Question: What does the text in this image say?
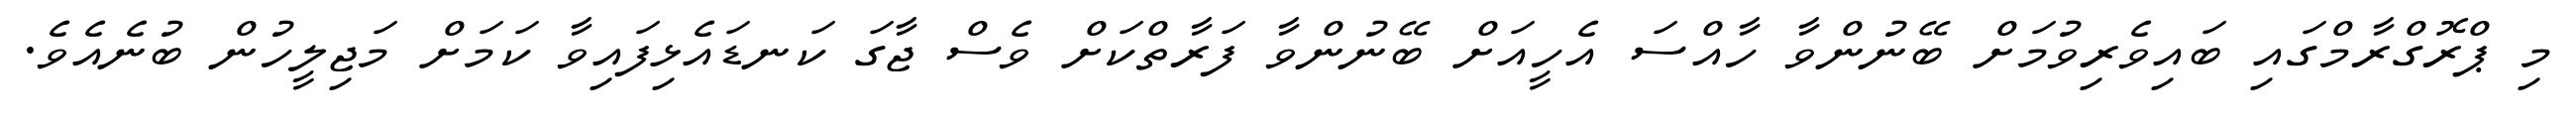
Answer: މި ޕްރޮގްރާމްގައި ބައިވެރިވުމަށް ބޭނުންވާ ހާއްސަ އެހީއަށް ބޭނުންވާ ފަރާތްކަށް ވެސް ޖާގަ ކަނޑައެޅިފައިވާ ކަމަށް މަޖިލީހުން ބުނެއެވެ.